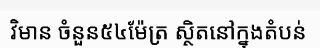
វិមាន ចំនួន៥៤ម៉ែត្រ ស្ថិតនៅក្នុងតំបន់